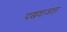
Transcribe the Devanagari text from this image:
पखवाजाला